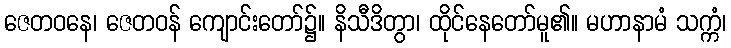
ဇေတဝနေ၊ ဇေတဝန် ကျောင်းတော်၌။ နိသီဒိတွာ၊ ထိုင်နေတော်မူ၏။ မဟာနာမံ သက္ကံ၊